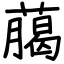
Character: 﨟